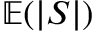
\mathbb { E } ( | S | )